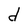
Character: d